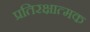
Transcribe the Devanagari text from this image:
प्रतिरक्षात्‍मक